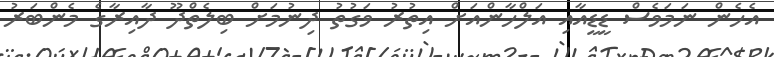
އެހެން ނަމަވެސް ޑީޑީއާއި އަލްހާންއަށް އިތުރު ވަގުތު ދިނުމަށް ބިލެތްދޫ ދާއިރާގެ މެންބަރު